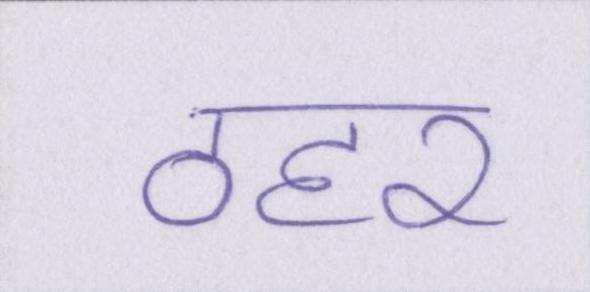
ठहर